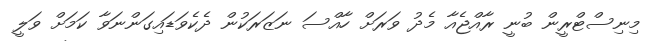
މިނިސްޓްރީން ބުނީ ރާއްޖެއާ މެދު ވަރަށް ހާއްސަ ނަޒަރަކުން ދެކެވަޑައިގަންނަވާ ކަމަށް ވަލީ